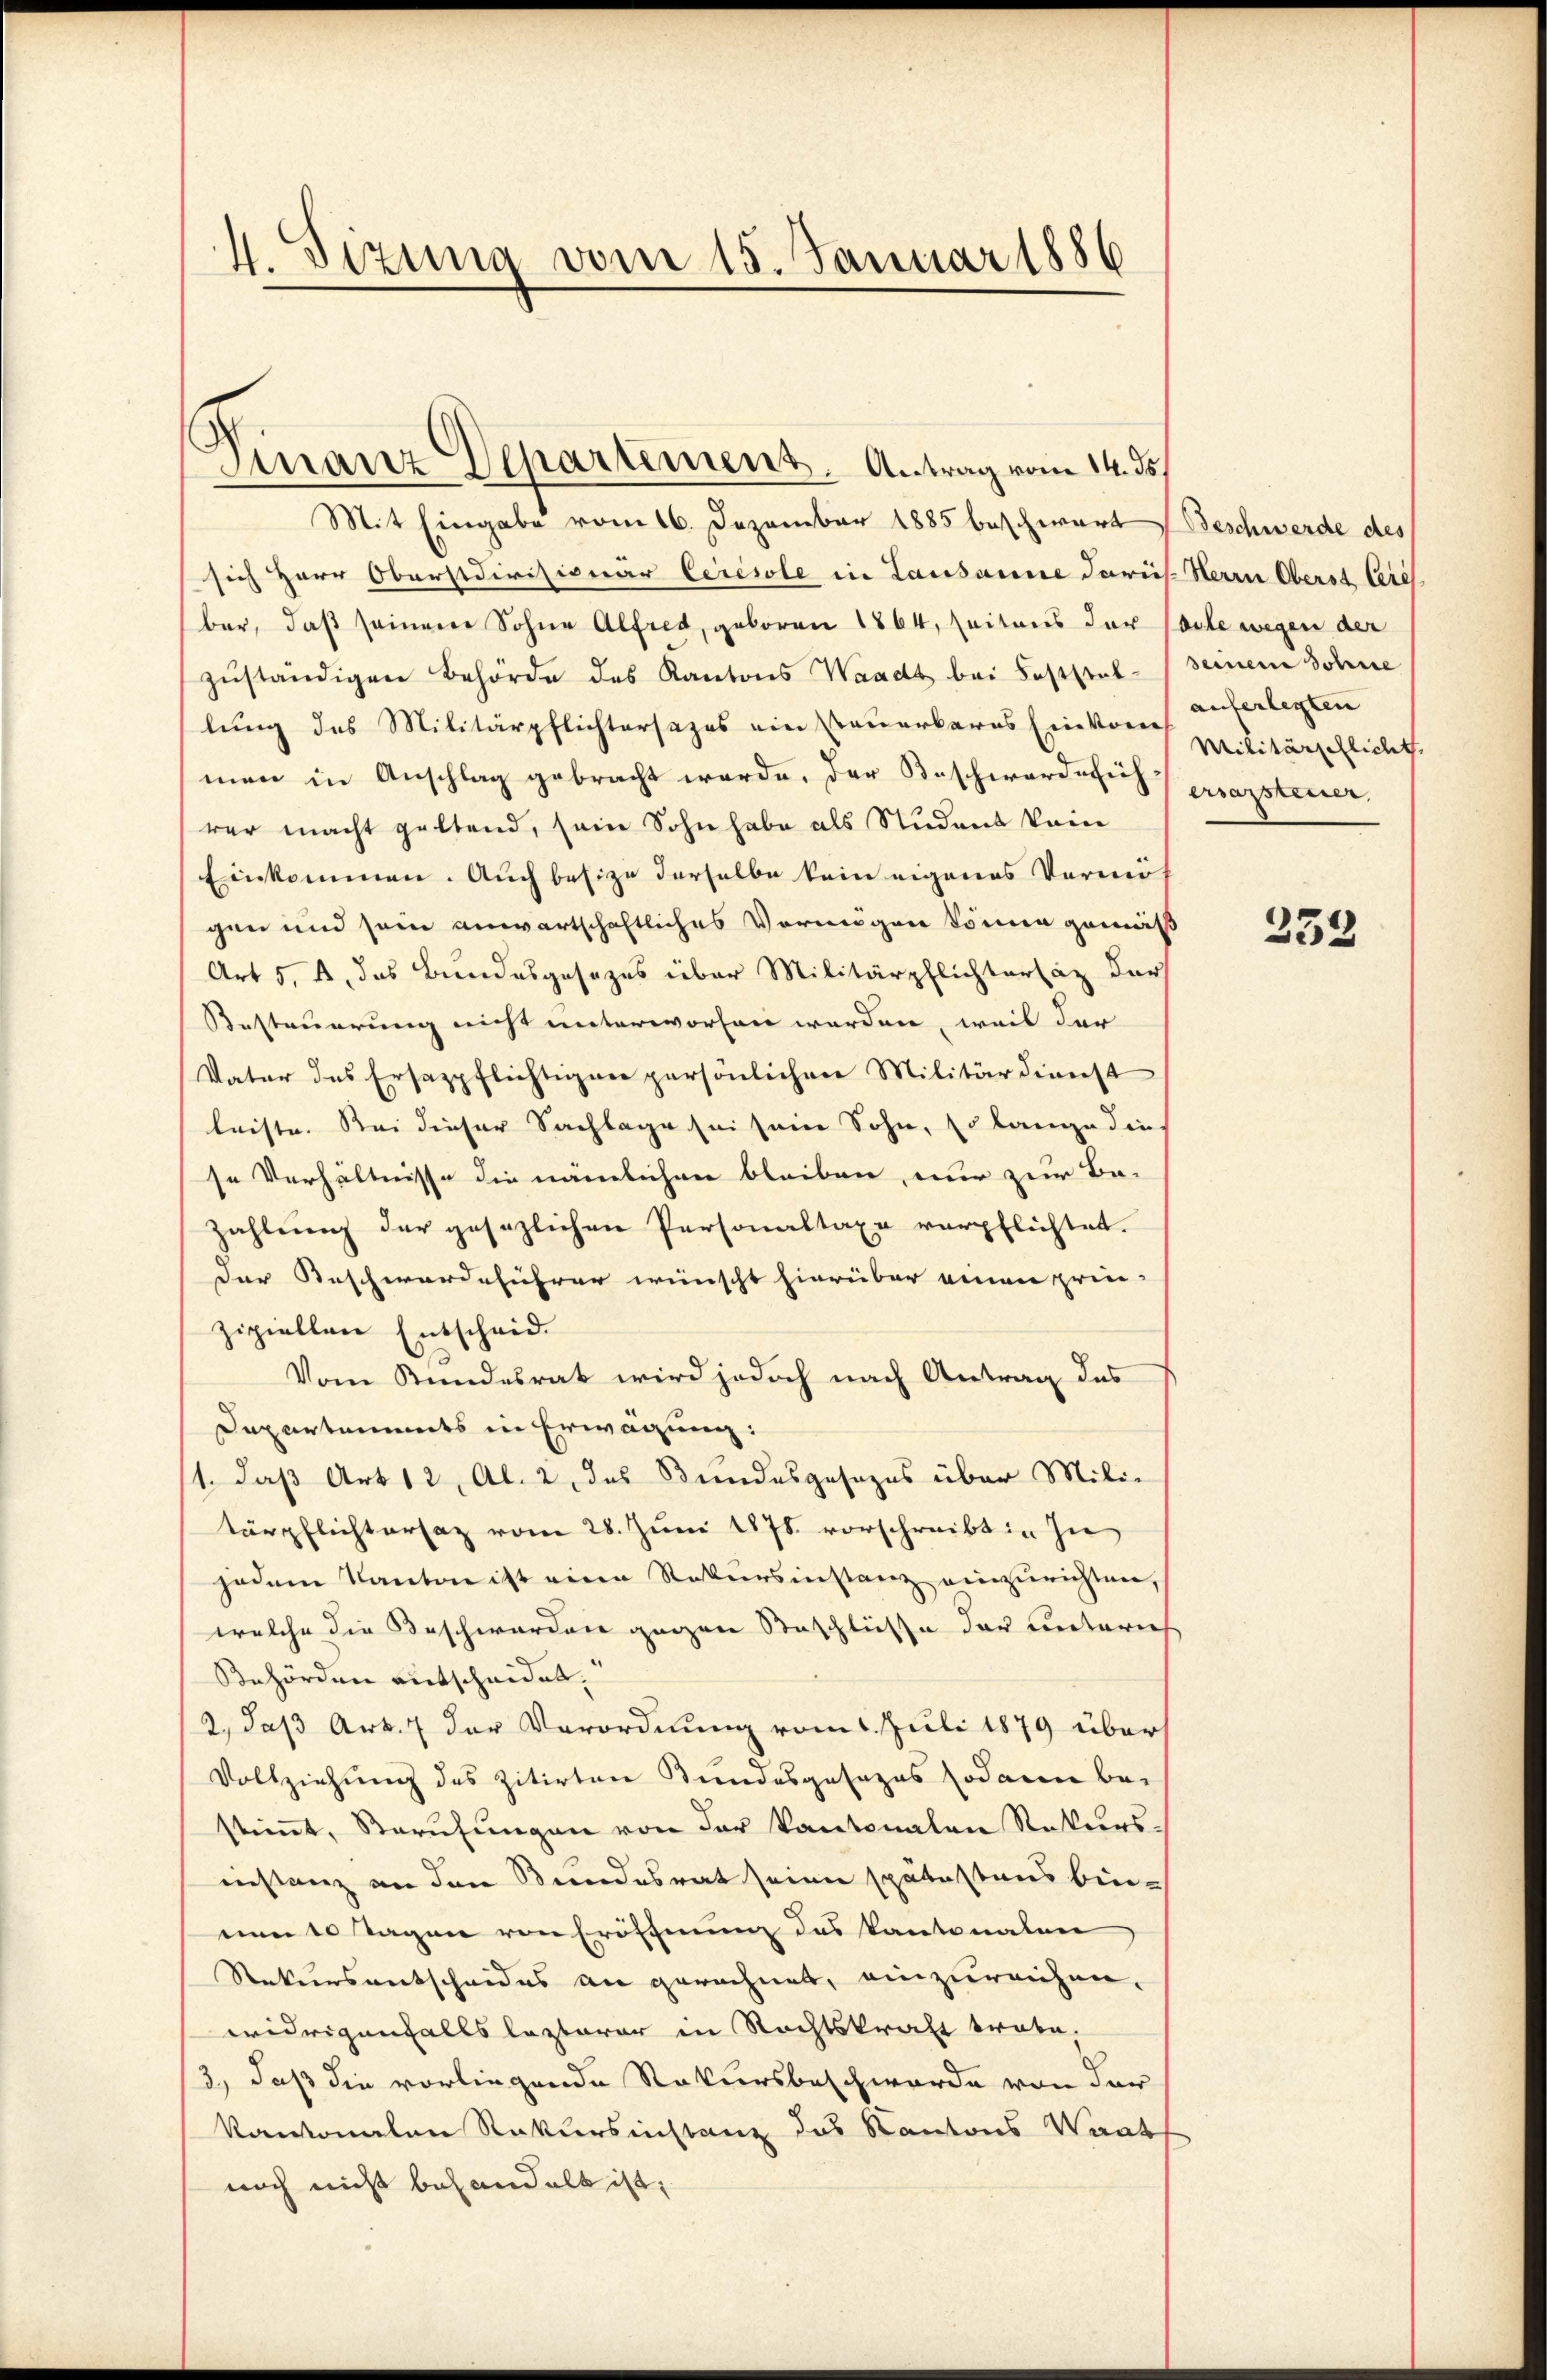
4. Sizina vom 15. Januar 1886

Finanz Departement. Antrag vom 14. ds.
Mit Eingabe vom 16. Dezember 1885 beschwart Beschwerde des
sich Herr Oberstdivisionar Ceresole in Lausanne Paris. Herrn Oberst leic
bar, daß seinem Sohne Alfred, geboren 1864, Zeitens der Vorte wegen der
zŭständigen Behörde des Kantons Waadt bei Feststel- seinem Sohne
lung des Militärpflichtersazes ein Steuerbares Ein vom
men in Anschlag gebracht werde. Der Beschwerdeführer macht geltend, sein Sohn habe als Student kein
Einkommen. Auch besize derselbe kein eigenes Vermögen und sein anwartschaftliches Vermögen könne gemäß
Art 5, u. das Bundesgesezes über Militärpflichterläz der
Besteuerung nicht unterworfen werden, weil der
Vater des Ersazpflichtigen persönlichen Militärdienst
leiste. Sei dieser Sachlage sei sein Sohn, so lange die
se Verhältnisse die nämlichen bleiben, nur zur Be-
zahlung der gesezlichen Personaltaxe verpflichtet.
Der Beschwerdeführer wünscht hierüber einen prie-
zipiellen Entscheid
Vom Stundesrat wird jedoch nach Antrag des
Departements in Erwägung:
/1. daß Art. 12, Al. 2, das Bundesgesezes über Milie
tärpflichtersaz vom 28. Juni 1878 vorschreibt in In
jedem Kanton ist eine Rekursinstanz einzurichten,
welche die Beschwerden gegen Beschlüsse der unterich
Behörden entscheidet.
2., daß Art. 7 der Verordnung vom 1. Juli 1879 über
Vollziehung des zitirten Bundesgesezes sodann bei
stimmt, Berufungen von der Kantonalen Rekurs.
instanz an den Bundesrat seien spätestens binnen 10 Tagen von Eröffnung des Kantonalen
Rekursentscheides an gerechnet, einzureichen,
widrigenfalls lezterer in Rechtskraft trabe,
3., daß die vorliegende Rekursbeschwerde von der
kantonalen Rekursinstanz das Kantons Waat
noch nicht behandelt ist.

auferlegten
Militärschlicht
ersamsteuer

233